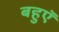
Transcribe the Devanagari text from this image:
बहुएॅ